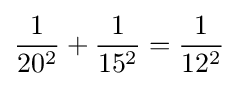
{\frac {1}{20^{2}}}+{\frac {1}{15^{2}}}={\frac {1}{12^{2}}}